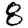
Digit: 8